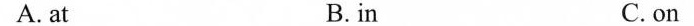
A. at B.in C.on